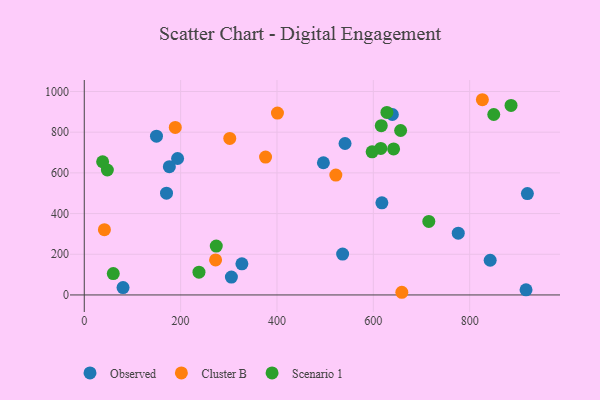
{"axis": {"x": "Distance", "y": "Fuel Efficiency"}, "legend": ["Cluster B", "Observed", "Scenario 1"], "data": [{"x": "776.3", "y": 303.7, "type": "Observed"}, {"x": "327.2", "y": 153.1, "type": "Observed"}, {"x": "541.3", "y": 744.3, "type": "Observed"}, {"x": "536.3", "y": 200.8, "type": "Observed"}, {"x": "305.4", "y": 87.9, "type": "Observed"}, {"x": "842.6", "y": 170.6, "type": "Observed"}, {"x": "919.8", "y": 498.2, "type": "Observed"}, {"x": "176.6", "y": 630.6, "type": "Observed"}, {"x": "170.7", "y": 500.0, "type": "Observed"}, {"x": "639.5", "y": 887.0, "type": "Observed"}, {"x": "193.7", "y": 670.7, "type": "Observed"}, {"x": "80.5", "y": 36.4, "type": "Observed"}, {"x": "917.0", "y": 24.9, "type": "Observed"}, {"x": "617.8", "y": 452.6, "type": "Observed"}, {"x": "496.4", "y": 649.7, "type": "Observed"}, {"x": "149.9", "y": 780.2, "type": "Observed"}, {"x": "302.0", "y": 769.2, "type": "Cluster B"}, {"x": "826.4", "y": 959.6, "type": "Cluster B"}, {"x": "659.2", "y": 13.1, "type": "Cluster B"}, {"x": "41.8", "y": 320.7, "type": "Cluster B"}, {"x": "401.0", "y": 894.0, "type": "Cluster B"}, {"x": "272.6", "y": 172.3, "type": "Cluster B"}, {"x": "376.3", "y": 677.8, "type": "Cluster B"}, {"x": "188.9", "y": 823.2, "type": "Cluster B"}, {"x": "522.2", "y": 589.0, "type": "Cluster B"}, {"x": "616.5", "y": 831.9, "type": "Scenario 1"}, {"x": "615.5", "y": 720.3, "type": "Scenario 1"}, {"x": "47.9", "y": 614.1, "type": "Scenario 1"}, {"x": "274.0", "y": 240.0, "type": "Scenario 1"}, {"x": "628.2", "y": 897.2, "type": "Scenario 1"}, {"x": "850.0", "y": 886.9, "type": "Scenario 1"}, {"x": "60.2", "y": 104.9, "type": "Scenario 1"}, {"x": "597.5", "y": 703.6, "type": "Scenario 1"}, {"x": "715.2", "y": 361.2, "type": "Scenario 1"}, {"x": "238.1", "y": 111.7, "type": "Scenario 1"}, {"x": "642.1", "y": 717.7, "type": "Scenario 1"}, {"x": "656.7", "y": 808.3, "type": "Scenario 1"}, {"x": "38.1", "y": 654.8, "type": "Scenario 1"}, {"x": "885.9", "y": 931.6, "type": "Scenario 1"}]}